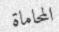
المحاماة